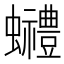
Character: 𧕬